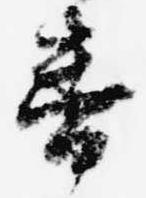
番